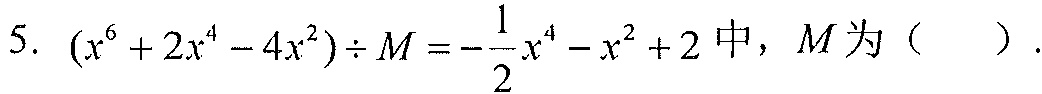
5. \((x^{6}+2x^{4}-4x^{2})\div M = -\dfrac{1}{2}x^{4}-x^{2}+2\)中，\(M\)为（  ）.